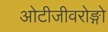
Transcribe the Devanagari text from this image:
ओटीजीवरोङ्गो